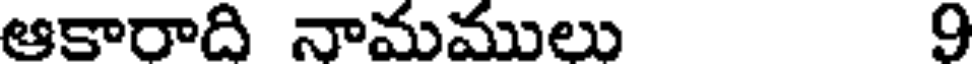
ఆకారాది నామములు 9